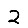
Digit: 2